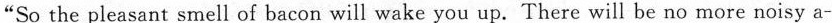
"So the pleasant smell of bacon will wake you up.There will be no more noisy a-